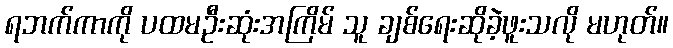
ရဘက်ကာကို ပထမဦးဆုံးအကြိမ် သူ ချစ်ရေးဆိုခဲ့ဖူးသလို မဟုတ်။